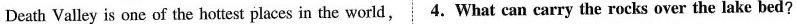
Death Valley is one of the hottest places in the world,4.What can carry the rocks over the lake bed?